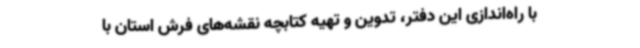
با راه‌اندازی این دفتر، تدوین و تهیه کتابچه نقشه‌های فرش استان با